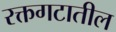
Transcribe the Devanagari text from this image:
रक्तगटातील